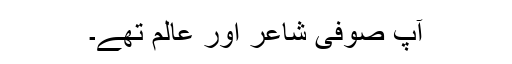
آپ صوفی شاعر اور عالم تھے۔